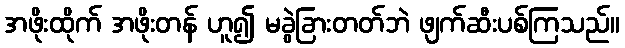
အဖိုးထိုက် အဖိုးတန် ဟူ၍ မခွဲခြားတတ်ဘဲ ဖျက်ဆီးပစ်ကြသည်။